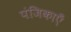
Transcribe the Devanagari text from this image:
पंजिकाएँ